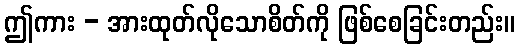
ဤကား - အားထုတ်လိုသောစိတ်ကို ဖြစ်စေခြင်းတည်း။